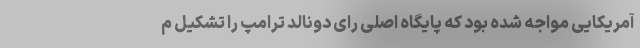
آمریکایی مواجه شده بود که پایگاه اصلی رای دونالد ترامپ را تشکیل م